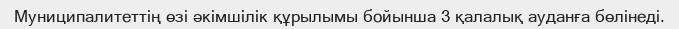
Муниципалитеттің өзі әкімшілік құрылымы бойынша 3 қалалық ауданға бөлінеді.